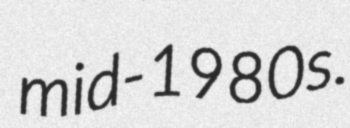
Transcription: mid-1980s.